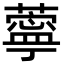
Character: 薴